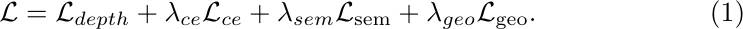
\begin{equation}
   { \mathcal{L} = \mathcal{L}_{depth} + \mathcal{\lambda}_{ce} \mathcal{L}_{ce} + \mathcal{\lambda}_{sem} \mathcal{L}_{\text{sem}}+ \mathcal{\lambda}_{geo} \mathcal{L}_{\text{geo}} . }
\end{equation}